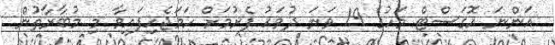
އަންނަ އޮގަސްޓް މަހުގެ 19 ވަނަ ދުވަހު ފެށުމަށް ހަމަޖެހިފައިވާ މި މުބާރާތުން